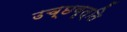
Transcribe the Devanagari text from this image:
उच्छवृत्ति